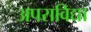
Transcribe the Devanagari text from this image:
अपराविद्या